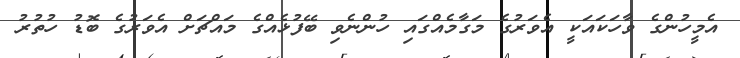
އެމީހުންގެ ވާހަކައަކީ އެވަރުގެ މަގާމެއްގައި ހުންނެވި ބޭފުޅެއްގެ މައްޗަށް އެވަރުގެ ބޮޑު ހުތުރު